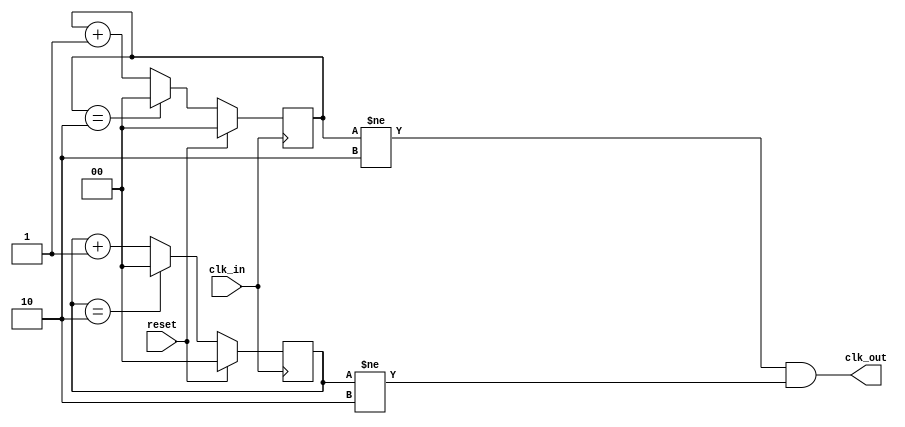
module divide_3(
    input clk_in,
    input reset,
    output clk_out
);

reg [1:0] pos_cnt;
reg [1:0] neg_cnt;

// poesge counter
always @ (posedge clk_in)
    if (reset) begin
        pos_cnt <= 0;
    end else begin
        pos_cnt <= (pos_cnt ==2) ? 0:pos_cnt +1;
    end
// Neg edge counter
always @ (negedge clk_in)
    if (reset) begin
    neg_cnt <= 0;
    end else begin
        neg_cnt <= (neg_cnt == 2) ? 0: neg_cnt +1;
    end 
// assign continuously drives signal (Concurrent instantiation)
assign  clk_out =  ((pos_cnt != 2)) && (neg_cnt !=2);
endmodule 

//Testbench
module test();
reg reset, clk_in;
wire clk_out;
divide_3 U (
    .clk_in (clk_in),
    .reset (reset),
    .clk_out (clk_out)
);

initial begin
    $dumpfile("divide3.vcd");
    $dumpvars();
    clk_in = 0;
    reset =0;
    #2 reset = 1;
    #2 reset = 0;
    #100 $finish;
end
always #1 clk_in =~clk_in;
endmodule